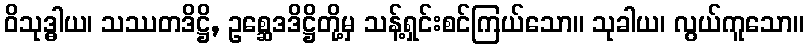
ဝိသုဒ္ဓါယ၊ သဿတဒိဋ္ဌိ, ဥစ္ဆေဒဒိဋ္ဌိတို့မှ သန့်ရှင်းစင်ကြယ်သော။ သုခါယ၊ လွယ်ကူသော။